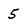
Character: 5